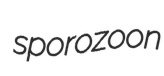
sporozoon